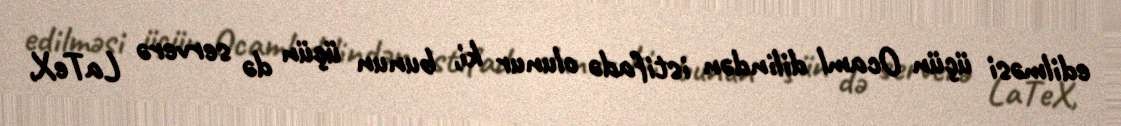
edilməsi üçün Ocaml dilindən istifadə olunur ki, bunun üçün də serverə LaTeX,